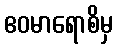
ဧဝမာရောစိမှ